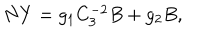
N Y = g _ { 1 } C _ { 3 } ^ { - 2 } B + g _ { 2 } B ,